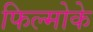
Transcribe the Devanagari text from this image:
फिल्मोके